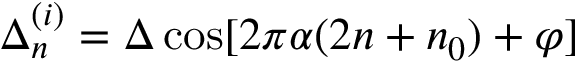
\Delta _ { n } ^ { ( i ) } = \Delta \cos [ 2 \pi \alpha ( 2 n + n _ { 0 } ) + \varphi ]